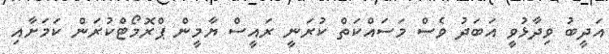
އަދީބު ވިދާޅުވީ އަބަދު ވެސް މަސައްކަތް ކުރަނީ ރައީސް ޔާމީން ޕްރޮމޯޓްކުރަން ކަމަށާއި